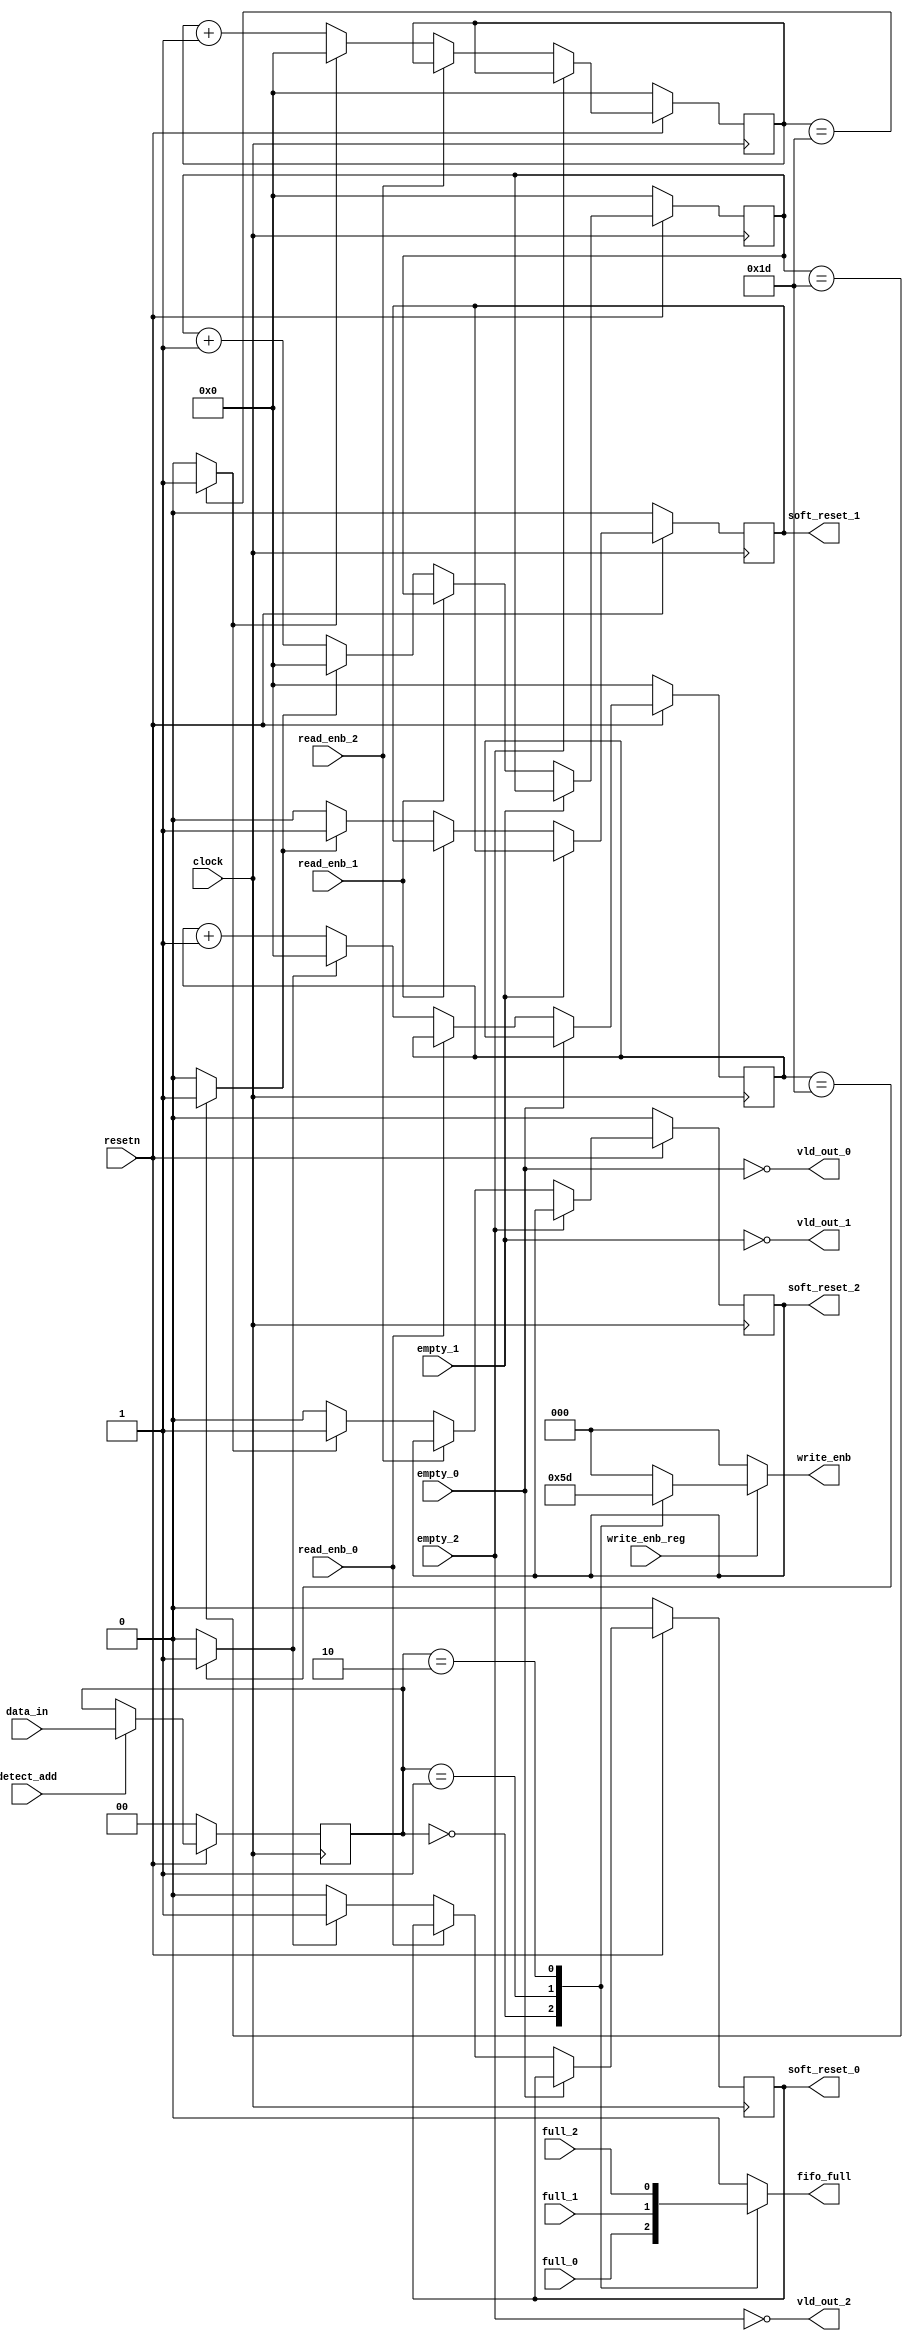
module synchronizer (clock,resetn,detect_add,data_in,write_enb_reg,vld_out_0,vld_out_1,vld_out_2,read_enb_0,read_enb_1,read_enb_2,
write_enb,fifo_full,empty_0,empty_1,empty_2,soft_reset_0,soft_reset_1,soft_reset_2,full_0,full_1,full_2);

/*port connections*/
input [1:0] data_in;
input clock,resetn,detect_add,write_enb_reg,read_enb_0,read_enb_1,
read_enb_2,empty_0,empty_1,empty_2,full_0,full_1,full_2;
output reg [2:0] write_enb;
output reg fifo_full,soft_reset_0,soft_reset_1,soft_reset_2;
output wire vld_out_0,vld_out_1,vld_out_2;
reg [1:0] temp;
reg [4:0] timer_0,timer_1,timer_2;

/*int_addr_reg logic*/
always @(posedge clock)
  begin
    if(!resetn)
      temp<=2'd0;
    else if(detect_add)
      temp<=data_in;
  end

/*write enb logic*/
always @(*)
  begin
      if(write_enb_reg)
      begin
        case(temp)
	  2'b00:write_enb=3'b001;
	  2'b01:write_enb=3'b011;
	  2'b10:write_enb=3'b101;
	  default:write_enb=3'b000;
	endcase
      end
else write_enb=3'b000;
  end 

/*fifo full logic*/
always @(*)
  begin
    case(temp)
      2'b00:fifo_full=full_0;
      2'b01:fifo_full=full_1;
      2'b10:fifo_full=full_2;
      default:fifo_full=1'b0;
    endcase
  end

assign vld_out_0=(~empty_0);
assign vld_out_1=(~empty_1);
assign vld_out_2=(~empty_2);

/*timer_0 and soft_reset_0 logic*/
wire l0=(timer_0==5'd29)?1'b1:1'b0;
always @(posedge clock)
  begin
    if(~resetn)
      begin
        timer_0<=0;
        soft_reset_0<=0;
      end
    else if(vld_out_0)
      begin
	if(!read_enb_0)
          begin
	    if(l0)
	      begin
	        soft_reset_0<=1'b1;
		timer_0<=0;
	      end
	    else
	      begin
		soft_reset_0<=0;
		timer_0<=timer_0+1'b1;
	      end
	  end
      end
  end

/*timer_1 and soft_reset_1 logic*/
wire l1=(timer_1==5'd29)?1'b1:1'b0;

always @(posedge clock)
  begin
    if(~resetn)
      begin
        timer_1<=0;
        soft_reset_1<=0;
      end
    else if(vld_out_1)
      begin
	if(!read_enb_1)
          begin
	    if(l1)
	      begin
	        soft_reset_1<=1'b1;
		timer_1<=0;
	      end
	    else
	      begin
		soft_reset_1<=0;
		timer_1<=timer_1+1'b1;
	      end
	  end
      end
  end

/*timer_2 and soft_reset_2 logic*/
wire l2=(timer_2==5'd29)?1'b1:1'b0;

always @(posedge clock)
  begin
    if(~resetn)
      begin
        timer_2<=0;
        soft_reset_2<=0;
      end
    else if(vld_out_2)
      begin
	if(!read_enb_2)
          begin
	    if(l2)
	      begin
	        soft_reset_2<=1'b1;
		timer_2<=0;
	      end
	    else
	      begin
		soft_reset_2<=0;
		timer_2<=timer_2+1'b1;
	      end
	  end
      end
  end
endmodule